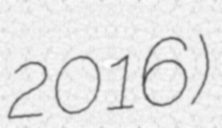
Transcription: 2016)